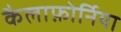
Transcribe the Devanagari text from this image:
कैलाफ़ोर्निया